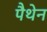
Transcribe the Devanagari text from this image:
पैथेन